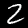
Digit: 2